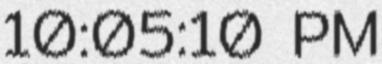
10:05:10 PM